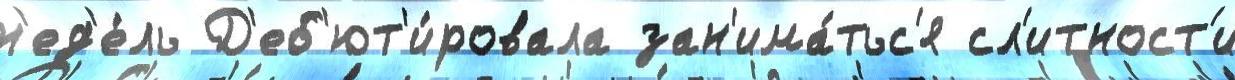
н'ед'е́ль Д'еб'ют'и́ровала зан'има́тьс'я сл'итност'и